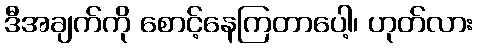
ဒီအချက်ကို စောင့်နေကြတာပေါ့၊ ဟုတ်လား